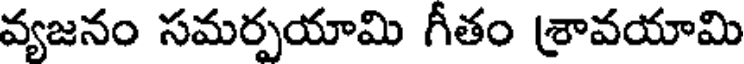
వ్యజనం సమర్పయామి గీతం శ్రావయామి